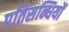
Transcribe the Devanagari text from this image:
प्रतिसन्धियों